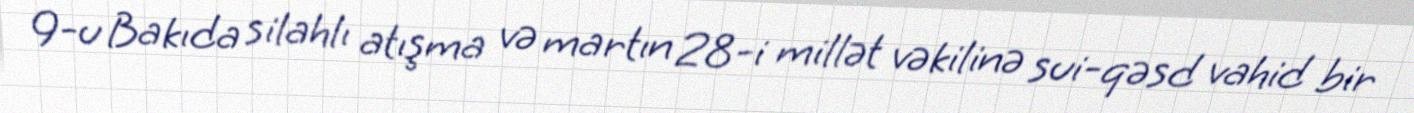
9-u Bakıda silahlı atışma və martın 28-i millət vəkilinə sui-qəsd vahid bir